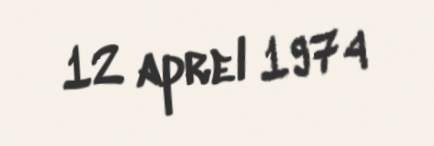
12 aprel 1974